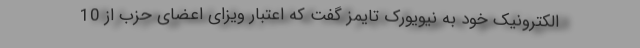
الکترونیک خود به نیویورک تایمز گفت که اعتبار ویزای اعضای حزب از 10